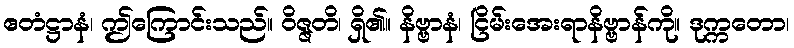
ဧတံဋ္ဌာနံ၊ ဤကြောင်းသည်။ ဝိဇ္ဇတိ၊ ရှိ၏။ နိဗ္ဗာနံ၊ ငြိမ်းအေးရာနိဗ္ဗာန်ကို။ ဒုက္ကတော၊